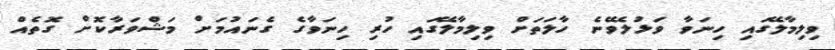
ވިލިމާލޭގައި ހިނަވާ ވަޅުލެވޭނެ ހާލަތަށް ވިލިމާލޭގައި ހުރި ހިނަވާގެ ގެނައުމަށް މަޝްވަރާކޮށް ގޮތެއް